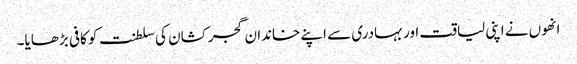
انھوں نے اپنی لیاقت اور بہادری سے اپنے خاندان گجر کشان کی سلطنت کو کافی بڑھایا۔